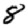
Digit: 8